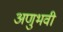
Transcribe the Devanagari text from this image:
अणुभवी